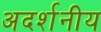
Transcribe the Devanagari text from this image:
अदर्शनीय